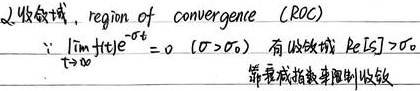
2. 收敛域，region of convergence (ROC): \(\lim_{t \to \infty} |f(t)|e^{-\sigma t}=0\ (\sigma > 0)\)，有收敛域 \(\text{Re}[s]>\sigma\)。幂 - 成指数率限制收敛